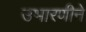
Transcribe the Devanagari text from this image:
उभारणीने